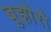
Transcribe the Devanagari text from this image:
बुझोरो